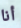
أنا